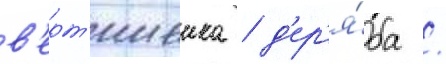
в'ерт'ишеика / д'ер'я́ба /